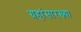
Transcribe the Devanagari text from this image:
ग्रहांसारख्या